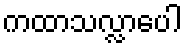
ကထာသလ္လာပေါ